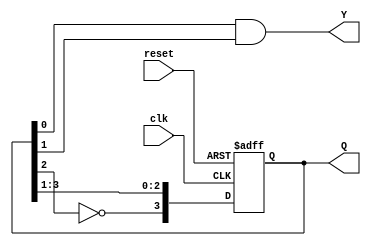
module johnson_counter (
    input wire clk,          // Clock signal
    input wire reset,        // Asynchronous reset
    output reg [n-1:0] Q,    // State output
    output reg Y             // Output based on the current state
);
    parameter n = 4;         // Number of flip-flops (can be adjusted)

    // State transition logic
    always @(posedge clk or posedge reset) begin
        if (reset) begin
            Q <= 0;          // Initialize state to 0 on reset
        end else begin
            Q <= {~Q[n-2], Q[n-1:1]}; // Shift and feedback inverted output
        end
    end

    // Output logic (Moore output)
    always @(*) begin
        // Example output logic: Y can be defined as needed
        Y = Q[0] & Q[1];      // Example output based on current state
    end
endmodule